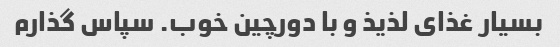
بسیار غذای لذیذ و با دورچین خوب. سپاس گذارم